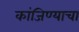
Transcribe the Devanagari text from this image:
कांजिण्याचा